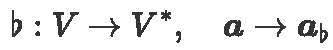
$b: V \to V^*, \quad a \to a_b$